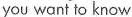
you want to know